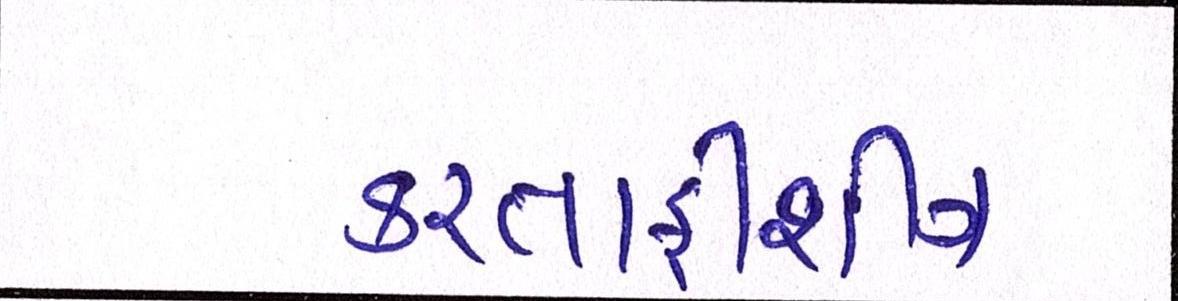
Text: કરતાફીશીંગ